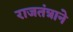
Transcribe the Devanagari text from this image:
राजतंत्राने